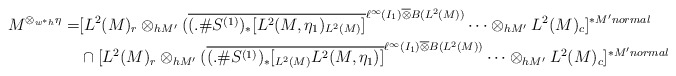
\begin{align*}M^{\otimes_{w^*h}\eta}= &[L^2(M)_r\otimes_{h M'}(\overline{(.\#S^{(1)})_*[L^2(M,\eta_1)_{L^2(M)}]}^{\ell^\infty(I_1)\overline{\otimes}B(L^2(M))}\cdots \otimes_{h M'}L^2(M)_c ]^{* M' normal} \\&\cap [L^2(M)_r\otimes_{h M'}(\overline{(.\#S^{(1)})_*[{}_{L^2(M)}L^2(M,\eta_1)]}^{\ell^\infty(I_1)\overline{\otimes}B(L^2(M))}\cdots \otimes_{h M'}L^2(M)_c ]^{* M' normal}\end{align*}